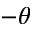
- \theta